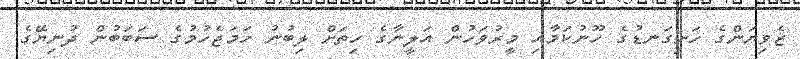
ޒެވިޔަންގެ ހަށިގަނޑުގެ ހޫނުކަމާއި މީރުވަހުން އަލީނާގެ ހިތަށް ލިބުނު ހަމަޖެހުމުގެ ސަބަބުން ދުނިޔޭގެ